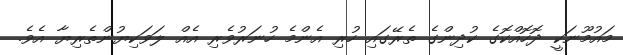
މައުމޫނަކީ ދޮހޮއްކޮގެ ކުދިންގެ ތެރޭގައި ހުރި އެންމެ ހުނަރުވެރި އެއް ލަވަކިޔުންތެރިޔާ އެވެ.